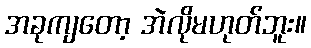
အခုကျတော့ အဲလိုမဟုတ်ဘူး။